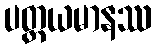
ပတ္ထယမာနဿ